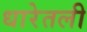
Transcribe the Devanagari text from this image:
धारेतली